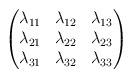
LaTeX: \begin{align*}\begin{pmatrix}\lambda_{11} & \lambda_{12} & \lambda_{13} \\\lambda_{21} & \lambda_{22} & \lambda_{23} \\\lambda_{31} & \lambda_{32} & \lambda_{33} \\\end{pmatrix}\end{align*}